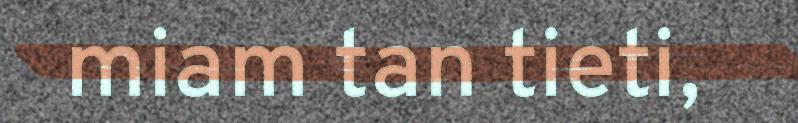
miam tan tieti,